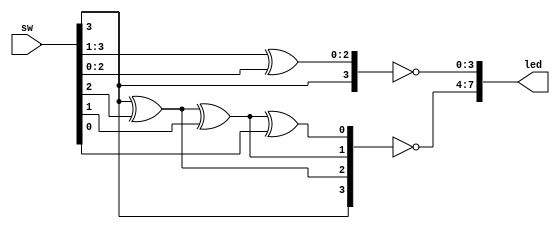
//********************************************************
//
//   Copyright(c)2016, STEP FPGA 
//   All rights reserved
//
//   Module name     :   gary

//   Data            :   2016/08/26

//   Version         :   V1.0
//   Description       gary code converters
//
//   Modification history
//   ----------------------------------------------------------------------------
// Version       Data(2016/08/26)   V1.0
// Description
//
//********************************************************
//
//
//*******************
//DEFINE MODULE PORT
//*******************
module gary
(
	//INPUT
	sw            ,
	
	//OUTPUT
	led			  

);

	//*******************
	//DEFINE INPUT
	//*******************
	input   [3:0]       sw			;    


	//*******************
	//DEFINE OUTPUT
	//*******************
	output  [7:0]    	led      	;   

	//********************
	//OUTPUT ATTRIBUTE
	//********************  

	wire  [7:0]      	led			;    
	
	//*********************
	//INNER SIGNAL DECLARATION
	//*********************
	wire  [3:0]			gary_out	;
	reg   [3:0]			bin_out		;
	
	integer				i			;
	//*********************
	//MAIN CORE
	//*********************

	//bin-gary 
	assign	gary_out[3]=sw[3];
	assign	gary_out[2:0]=sw[3:1]^sw[2:0];
	
	//gary-bin
	always @ (*)
	begin 
		bin_out[3]=sw[3];
		for(i=2;i>=0;i=i-1)
			bin_out[i]=bin_out[i+1]^sw[i];
	end
	
	assign led={~bin_out,~gary_out};

endmodule